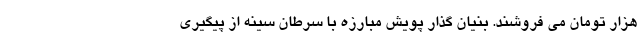
هزار تومان می فروشند. بنیان گذار پویش مبارزه با سرطان سینه از پیگیری